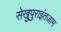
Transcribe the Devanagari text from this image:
सेखुपुराइंतजाम